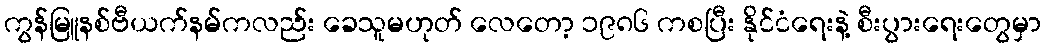
ကွန်မြူနစ်ဗီယက်နမ်ကလည်း ခေသူမဟုတ် လေတော့ ၁၉၈၆ ကစပြီး နိုင်ငံရေးနဲ့ စီးပွားရေးတွေမှာ